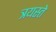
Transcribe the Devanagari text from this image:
त्रयस्ते